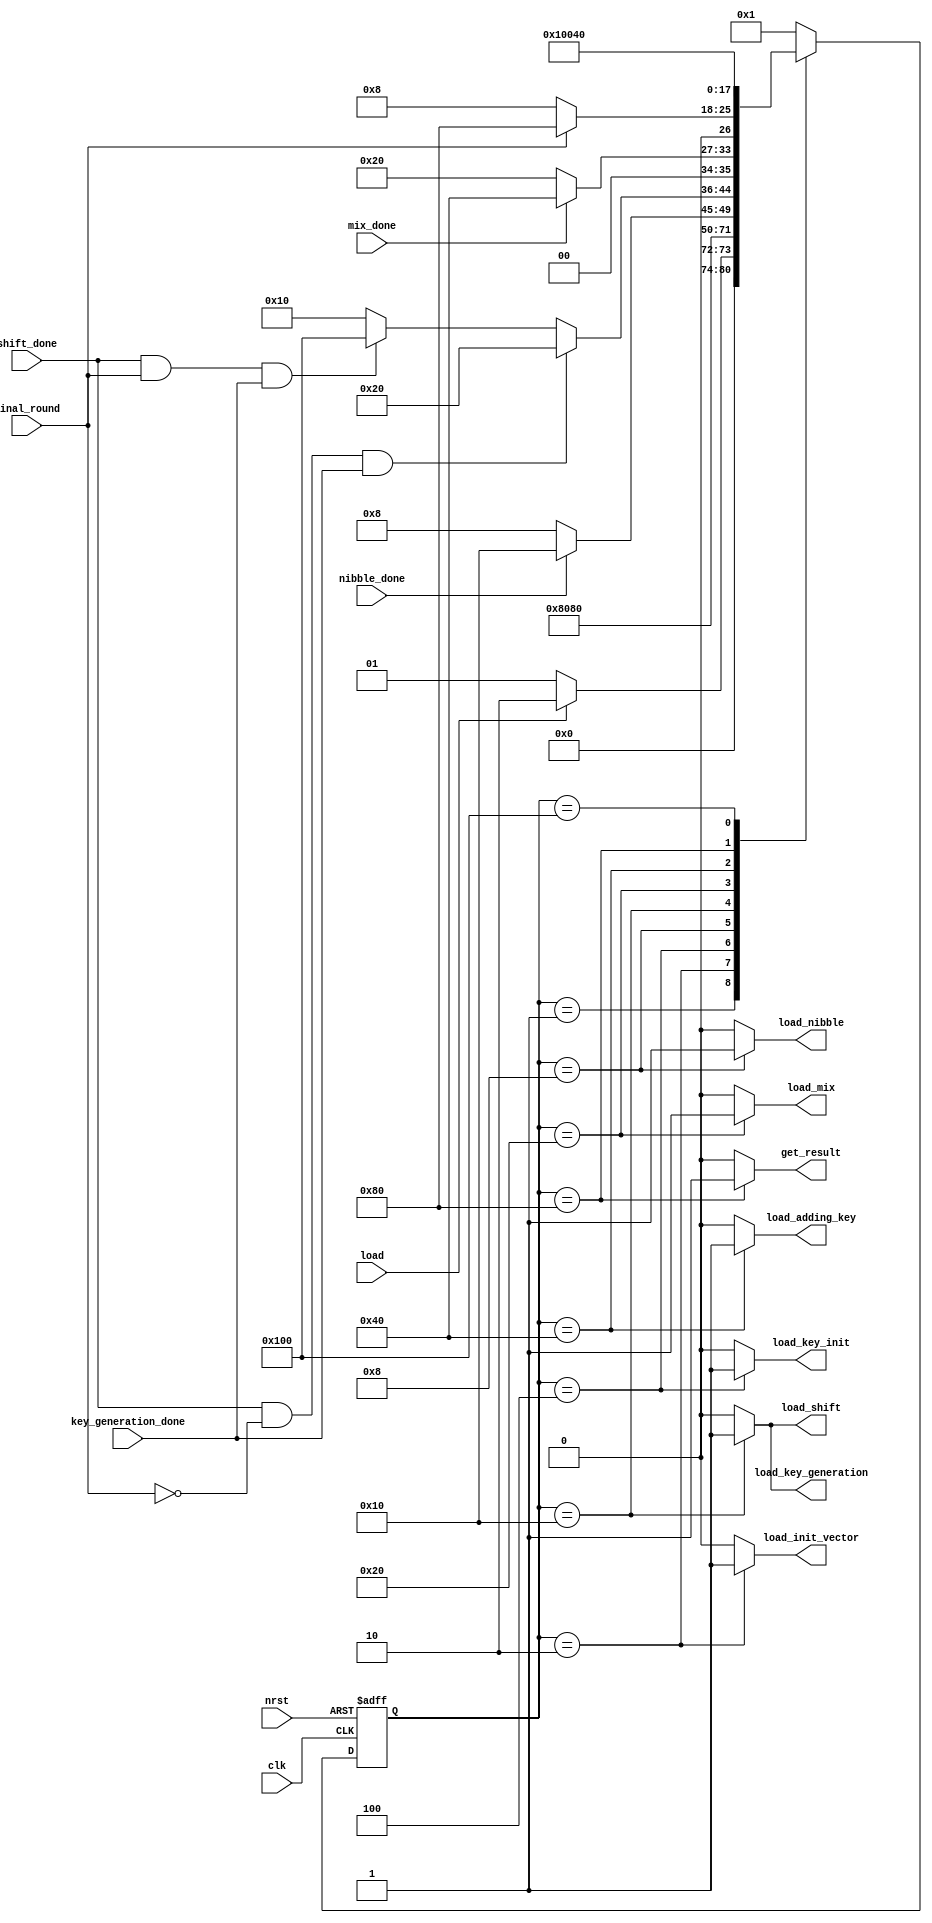
`timescale 1ns / 1ps
//////////////////////////////////////////////////////////////////////////////////
// Company: 
// Engineer: 
// 
// Design Name: 
// Module Name: AES_FSM
// Project Name: 
// Target Devices: 
// Tool Versions: 
// Description: 
// 
// Dependencies: 
// 
// Revision:
// Revision 0.01 - File Created
// Additional Comments:
// 
//////////////////////////////////////////////////////////////////////////////////


module AES_FSM(
    input clk,nrst,nibble_done,shift_done,mix_done,key_generation_done,final_round,load,
    output reg load_nibble,load_shift,load_mix,load_key_generation,load_init_vector,load_key_init,load_adding_key,get_result
    );
    reg [8:0] state, next_state;
// parameter declaration for one hot encoding
    parameter Init = 9'b000000001, //inital state
              Vector_init = 9'b000000010,//vector initializtion
              Init_key = 9'b000000100,//round 0 key 
              Nibble_sub = 9'b000001000, //nibble sub state
              Shift_row= 9'b000010000, //shiftrow state 
              Mix_column= 9'b000100000, //mixcolumn state
              Add_key=9'b001000000, // add round key state 
              Get_encrypted= 9'b010000000, //get the encrypted message 
              Delay= 9'b100000000;
     //state register       
    always@(posedge clk or negedge nrst)
        begin: STATE_REGISTER
            if (!nrst)
                state <= Init;
            else
                state <= next_state;
        end

    // state transitions
    always@ (state or load,nibble_done,shift_done,mix_done,key_generation_done,final_round) 
        begin: Next_State_Logic
            case(state)
                Init: begin
                    if(load)        begin next_state = Vector_init;      end
                    else            begin next_state = Init;    end         
                end
                
                
                Vector_init: begin
                    next_state = Init_key;   
                                         
               end    
   
                 Init_key: begin
                    next_state = Nibble_sub;   
                  end  
                       
                 Nibble_sub: begin 
                    if(nibble_done)        begin next_state = Shift_row;      end
                    else            begin next_state = Nibble_sub;    end  
                 end
                 
                 
                  Shift_row: begin
                     if (shift_done & (~final_round) & key_generation_done)   begin next_state = Mix_column;      end
                    else if (shift_done & (final_round)& key_generation_done) begin next_state = Delay;      end
                    else        begin next_state = Shift_row;    end            
                  end 
                  
                  Mix_column: begin
                     if(mix_done)        begin next_state = Add_key;      end
                     else                begin next_state = Mix_column;   end            
                  end  
                  
                  Add_key: begin 
                    if (~final_round)     begin next_state = Nibble_sub;      end
                    else if (final_round) begin next_state = Get_encrypted;   end
                    else                  begin next_state = Add_key;         end  
                 end       
                  
                  Get_encrypted: begin
                     next_state = Get_encrypted;           
                  end 
                  Delay: begin
                     next_state = Add_key;           
                  end 
                 default: begin
                    next_state = Init;
                 end
        endcase
    end

//moore state output
    always@(state)
        begin: Moore_Outputs
        case (state)
            Init: begin
               load_nibble=1'b0;
               load_shift=1'b0;
               load_mix=1'b0;
               load_key_generation=1'b0;
               load_init_vector=1'b0;
               load_key_init=1'b0;
               load_adding_key=1'b0;
               get_result=1'b0; 
               
            end
            
            Vector_init: begin
               load_nibble=1'b0;
               load_shift=1'b0;
               load_mix=1'b0;
               load_key_generation=1'b0;
               load_init_vector=1'b1;
               load_key_init=1'b0;
               load_adding_key=1'b0;
               get_result=1'b0; 
            end
            
            Init_key: begin
              load_nibble=1'b0;
               load_shift=1'b0;
               load_mix=1'b0;
               load_key_generation=1'b0;
               load_init_vector=1'b0;
               load_key_init=1'b1;
               load_adding_key=1'b0;
               get_result=1'b0;  
            end
            
            Nibble_sub: begin
               load_nibble=1'b1;
               load_shift=1'b0;
               load_mix=1'b0;
               load_key_generation=1'b0;
               load_init_vector=1'b0;
               load_key_init=1'b0;
               load_adding_key=1'b0;
               get_result=1'b0;
            end
            
            Shift_row: begin
               load_nibble=1'b0;
               load_shift=1'b1;
               load_mix=1'b0;
               load_key_generation=1'b1;
               load_init_vector=1'b0;
               load_key_init=1'b0;
               load_adding_key=1'b0;
               get_result=1'b0;
            end
            
            
            Mix_column: begin
               load_nibble=1'b0;
               load_shift=1'b0;
               load_mix=1'b1;
               load_key_generation=1'b0;
               load_init_vector=1'b0;
               load_key_init=1'b0;
               load_adding_key=1'b0;
               get_result=1'b0;
            end
            
            
            Add_key: begin
                load_nibble=1'b0;
               load_shift=1'b0;
               load_mix=1'b0;
               load_key_generation=1'b0;
               load_init_vector=1'b0;
               load_key_init=1'b0;
               load_adding_key=1'b1;
               get_result=1'b0;
            end
            
            
            Get_encrypted: begin
               load_nibble=1'b0;
               load_shift=1'b0;
               load_mix=1'b0;
               load_key_generation=1'b0;
               load_init_vector=1'b0;
               load_key_init=1'b0;
               load_adding_key=1'b0;
               get_result=1'b1;  
            end
            
            Delay:begin
               load_nibble=1'b0;
               load_shift=1'b0;
               load_mix=1'b0;
               load_key_generation=1'b0;
               load_init_vector=1'b0;
               load_key_init=1'b0;
               load_adding_key=1'b0;
               get_result=1'b0;
            end    

            default:begin
               load_nibble=1'b0;
               load_shift=1'b0;
               load_mix=1'b0;
               load_key_generation=1'b0;
               load_init_vector=1'b0;
               load_key_init=1'b0;
               load_adding_key=1'b0;
               get_result=1'b0;
            end    
        endcase
    end
endmodule